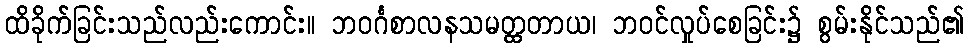
ထိခိုက်ခြင်းသည်လည်းကောင်း။ ဘဝင်္ဂစာလနသမတ္ထတာယ၊ ဘဝင်လှုပ်စေခြင်း၌ စွမ်းနိုင်သည်၏